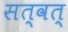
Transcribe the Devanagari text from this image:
सत्वत्